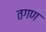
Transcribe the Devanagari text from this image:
तगण